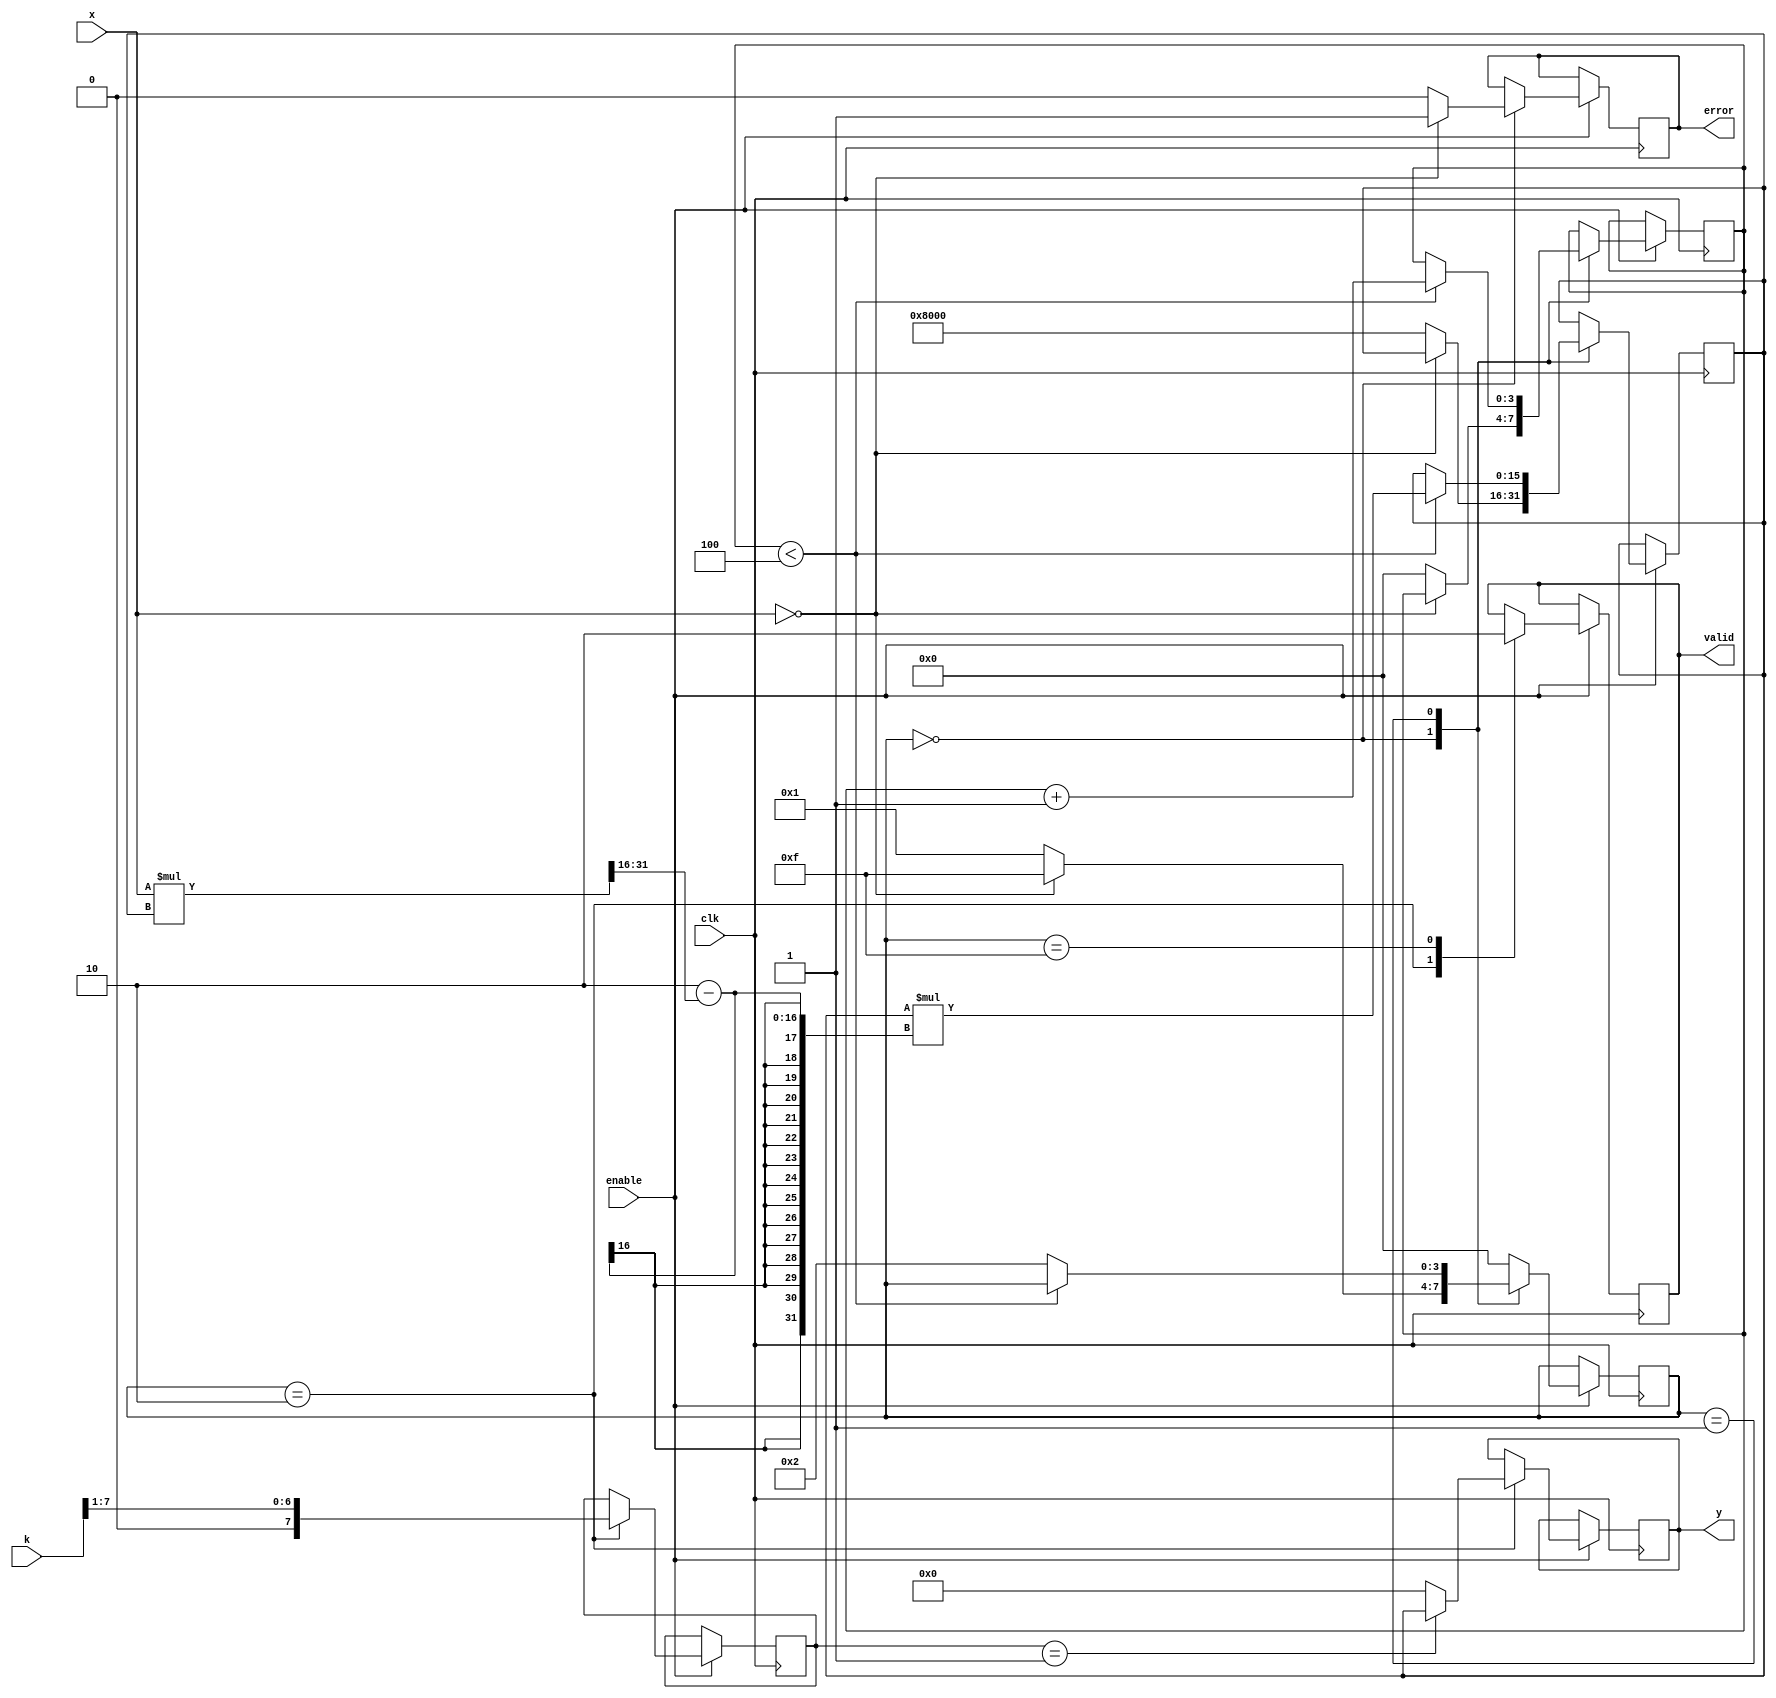
module fractional_order_reciprocal #(
    parameter WIDTH = 16,            // Width of the input and output
    parameter K_WIDTH = 8            // Width of the fractional order
)(
    input wire clk,                  // Clock signal
    input wire enable,               // Enable signal
    input wire [WIDTH-1:0] x,       // Input value (fixed-point)
    input wire [K_WIDTH-1:0] k,     // Fractional order (fixed-point)
    output reg [WIDTH-1:0] y,       // Output value (fixed-point)
    output reg valid,                // Output valid signal
    output reg error                 // Error signal
);

    reg [WIDTH-1:0] approx;         // Approximation for reciprocal
    reg [WIDTH-1:0] x_inv;           // Inverse value
    reg [K_WIDTH-1:0] k_int;         // Integer part of k
    reg [K_WIDTH-1:0] k_frac;        // Fractional part of k
    reg [3:0] state;                 // State variable for FSM
    reg [3:0] count;                 // Iteration counter

    localparam IDLE = 4'b0000,
               COMPUTE = 4'b0001,
               FINALIZE = 4'b0010,
               ERROR = 4'b1111;

    // Initialization
    initial begin
        y = 0;
        valid = 0;
        error = 0;
        state = IDLE;
        count = 0;
    end

    // State Machine
    always @(posedge clk) begin
        if (enable) begin
            case (state)
                IDLE: begin
                    if (x == 0) begin
                        error <= 1;      // Division by zero
                        state <= ERROR;
                    end else begin
                        error <= 0;
                        approx <= {1'b1, {WIDTH-1{1'b0}}}; // Initial guess for 1/x
                        state <= COMPUTE;
                        count <= 0;
                    end
                end
                
                COMPUTE: begin
                    if (count < 4) begin  // Fixed number of iterations for approximation
                        // Newton-Raphson iteration: approx = approx * (2 - x * approx)
                        approx <= approx * (2 - (x * approx >> WIDTH));
                        count <= count + 1;
                    end else begin
                        state <= FINALIZE;
                    end
                end
                
                FINALIZE: begin
                    // Calculate the final output based on the fractional order k
                    k_int <= k[K_WIDTH-1:1];   // Integer part of k
                    k_frac <= k[0];            // Fractional part of k

                    // Output calculation: y = approx^k
                    // Here we can implement a simple power function
                    // For simplification, we can just take y = approx (if k is 1)
                    // More complex handling for k should be implemented as needed
                    if (k_int == 1) begin
                        y <= approx;         // y = 1/x if k = 1
                    end else begin
                        y <= 0;              // Placeholder for more complex cases
                    end

                    valid <= 1;
                    state <= IDLE;           // Go back to IDLE
                end
                
                ERROR: begin
                    // Handle error state
                    valid <= 0;
                    state <= IDLE;           // Reset state after error
                end

                default: state <= IDLE;       // Safety
            endcase
        end
    end
endmodule